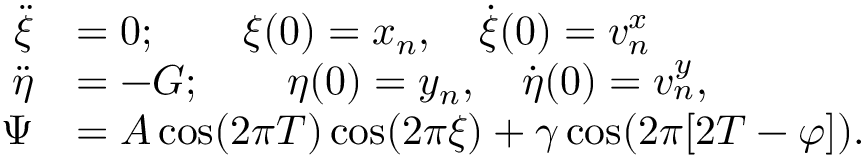
\begin{array} { r l } { \ddot { \xi } } & { = 0 ; \qquad \xi ( 0 ) = x _ { n } , \quad \dot { \xi } ( 0 ) = v _ { n } ^ { x } } \\ { \ddot { \eta } } & { = - G ; \qquad \eta ( 0 ) = y _ { n } , \quad \dot { \eta } ( 0 ) = v _ { n } ^ { y } , } \\ { \Psi } & { = A \cos ( 2 \pi T ) \cos ( 2 \pi \xi ) + \gamma \cos ( 2 \pi [ 2 T - \varphi ] ) . } \end{array}